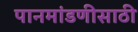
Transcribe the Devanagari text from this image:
पानमांडणीसाठी